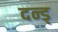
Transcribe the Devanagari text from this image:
दन्ड्